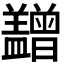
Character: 𥃙